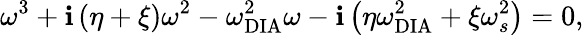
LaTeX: \omega^{3}+\mathbf{i}\left(\eta+\xi\right)\omega^{2}-\omega_{\textrm{{DIA}}}^{2}\omega-\mathbf{i}\left(\eta\omega_{\textrm{{DIA}}}^{2}+\xi\omega_{s}^{2}\right)=0,